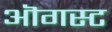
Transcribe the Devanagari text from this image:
ऒगस्ट